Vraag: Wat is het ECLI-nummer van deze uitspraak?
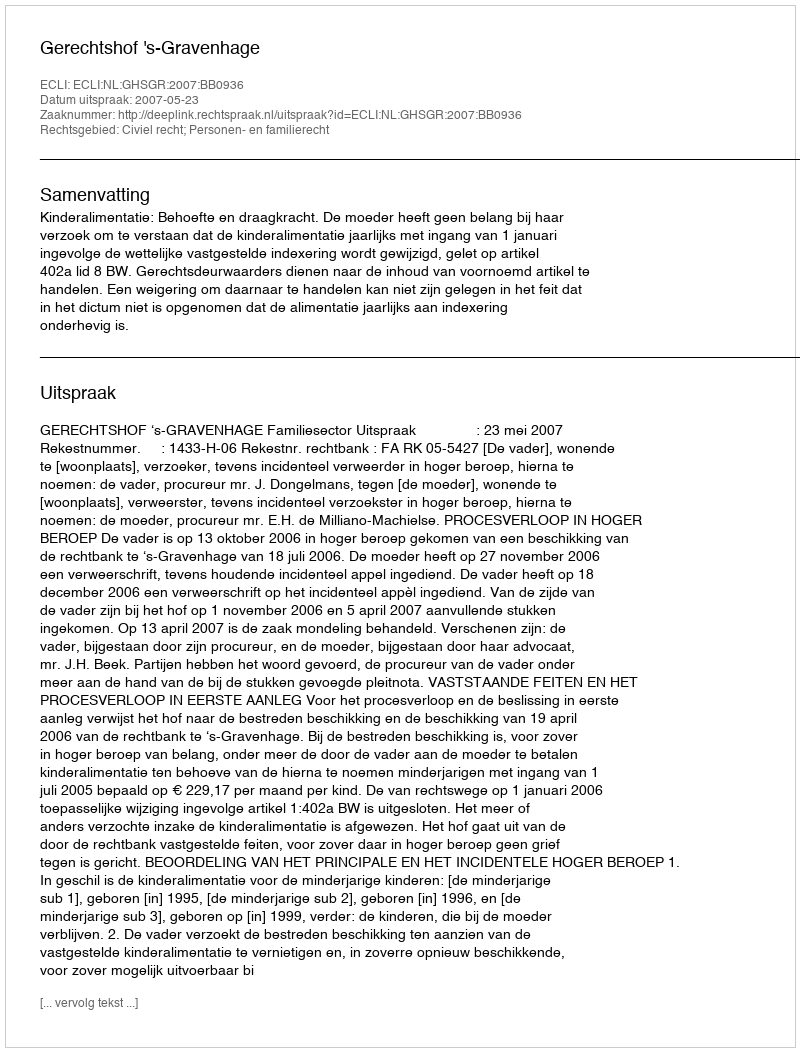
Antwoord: ECLI:NL:GHSGR:2007:BB0936